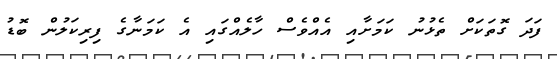
ފަދަ ގޮތަކަށް ތެޅުނު ކަމަށާއި އެެއްވެސް ހާލެއްގައި އެ ކަމަނާގެ ފިރިކަލުން ބޮޑު